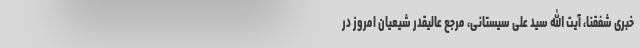
خبری شفقنا، آیت الله سید علی سیستانی، مرجع عالیقدر شیعیان امروز در